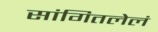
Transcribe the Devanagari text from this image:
सांगितलेलं